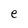
Character: e